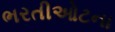
ભરતીઓટના